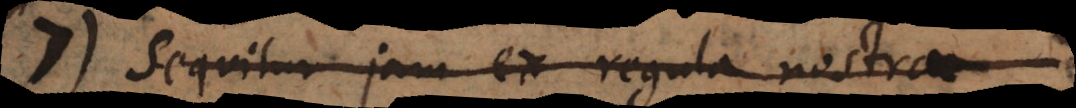
Sequitur jam ex regula nostra